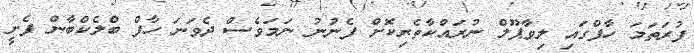
ފުރަތަމަ ހާފްގައި ލިވާޕޫލް ނުރައްކާތެރިކޮށް ފެނުނު ނަމަވެސް ދެވަނަ ހާފް ބްލެކްބާން ފެށީ